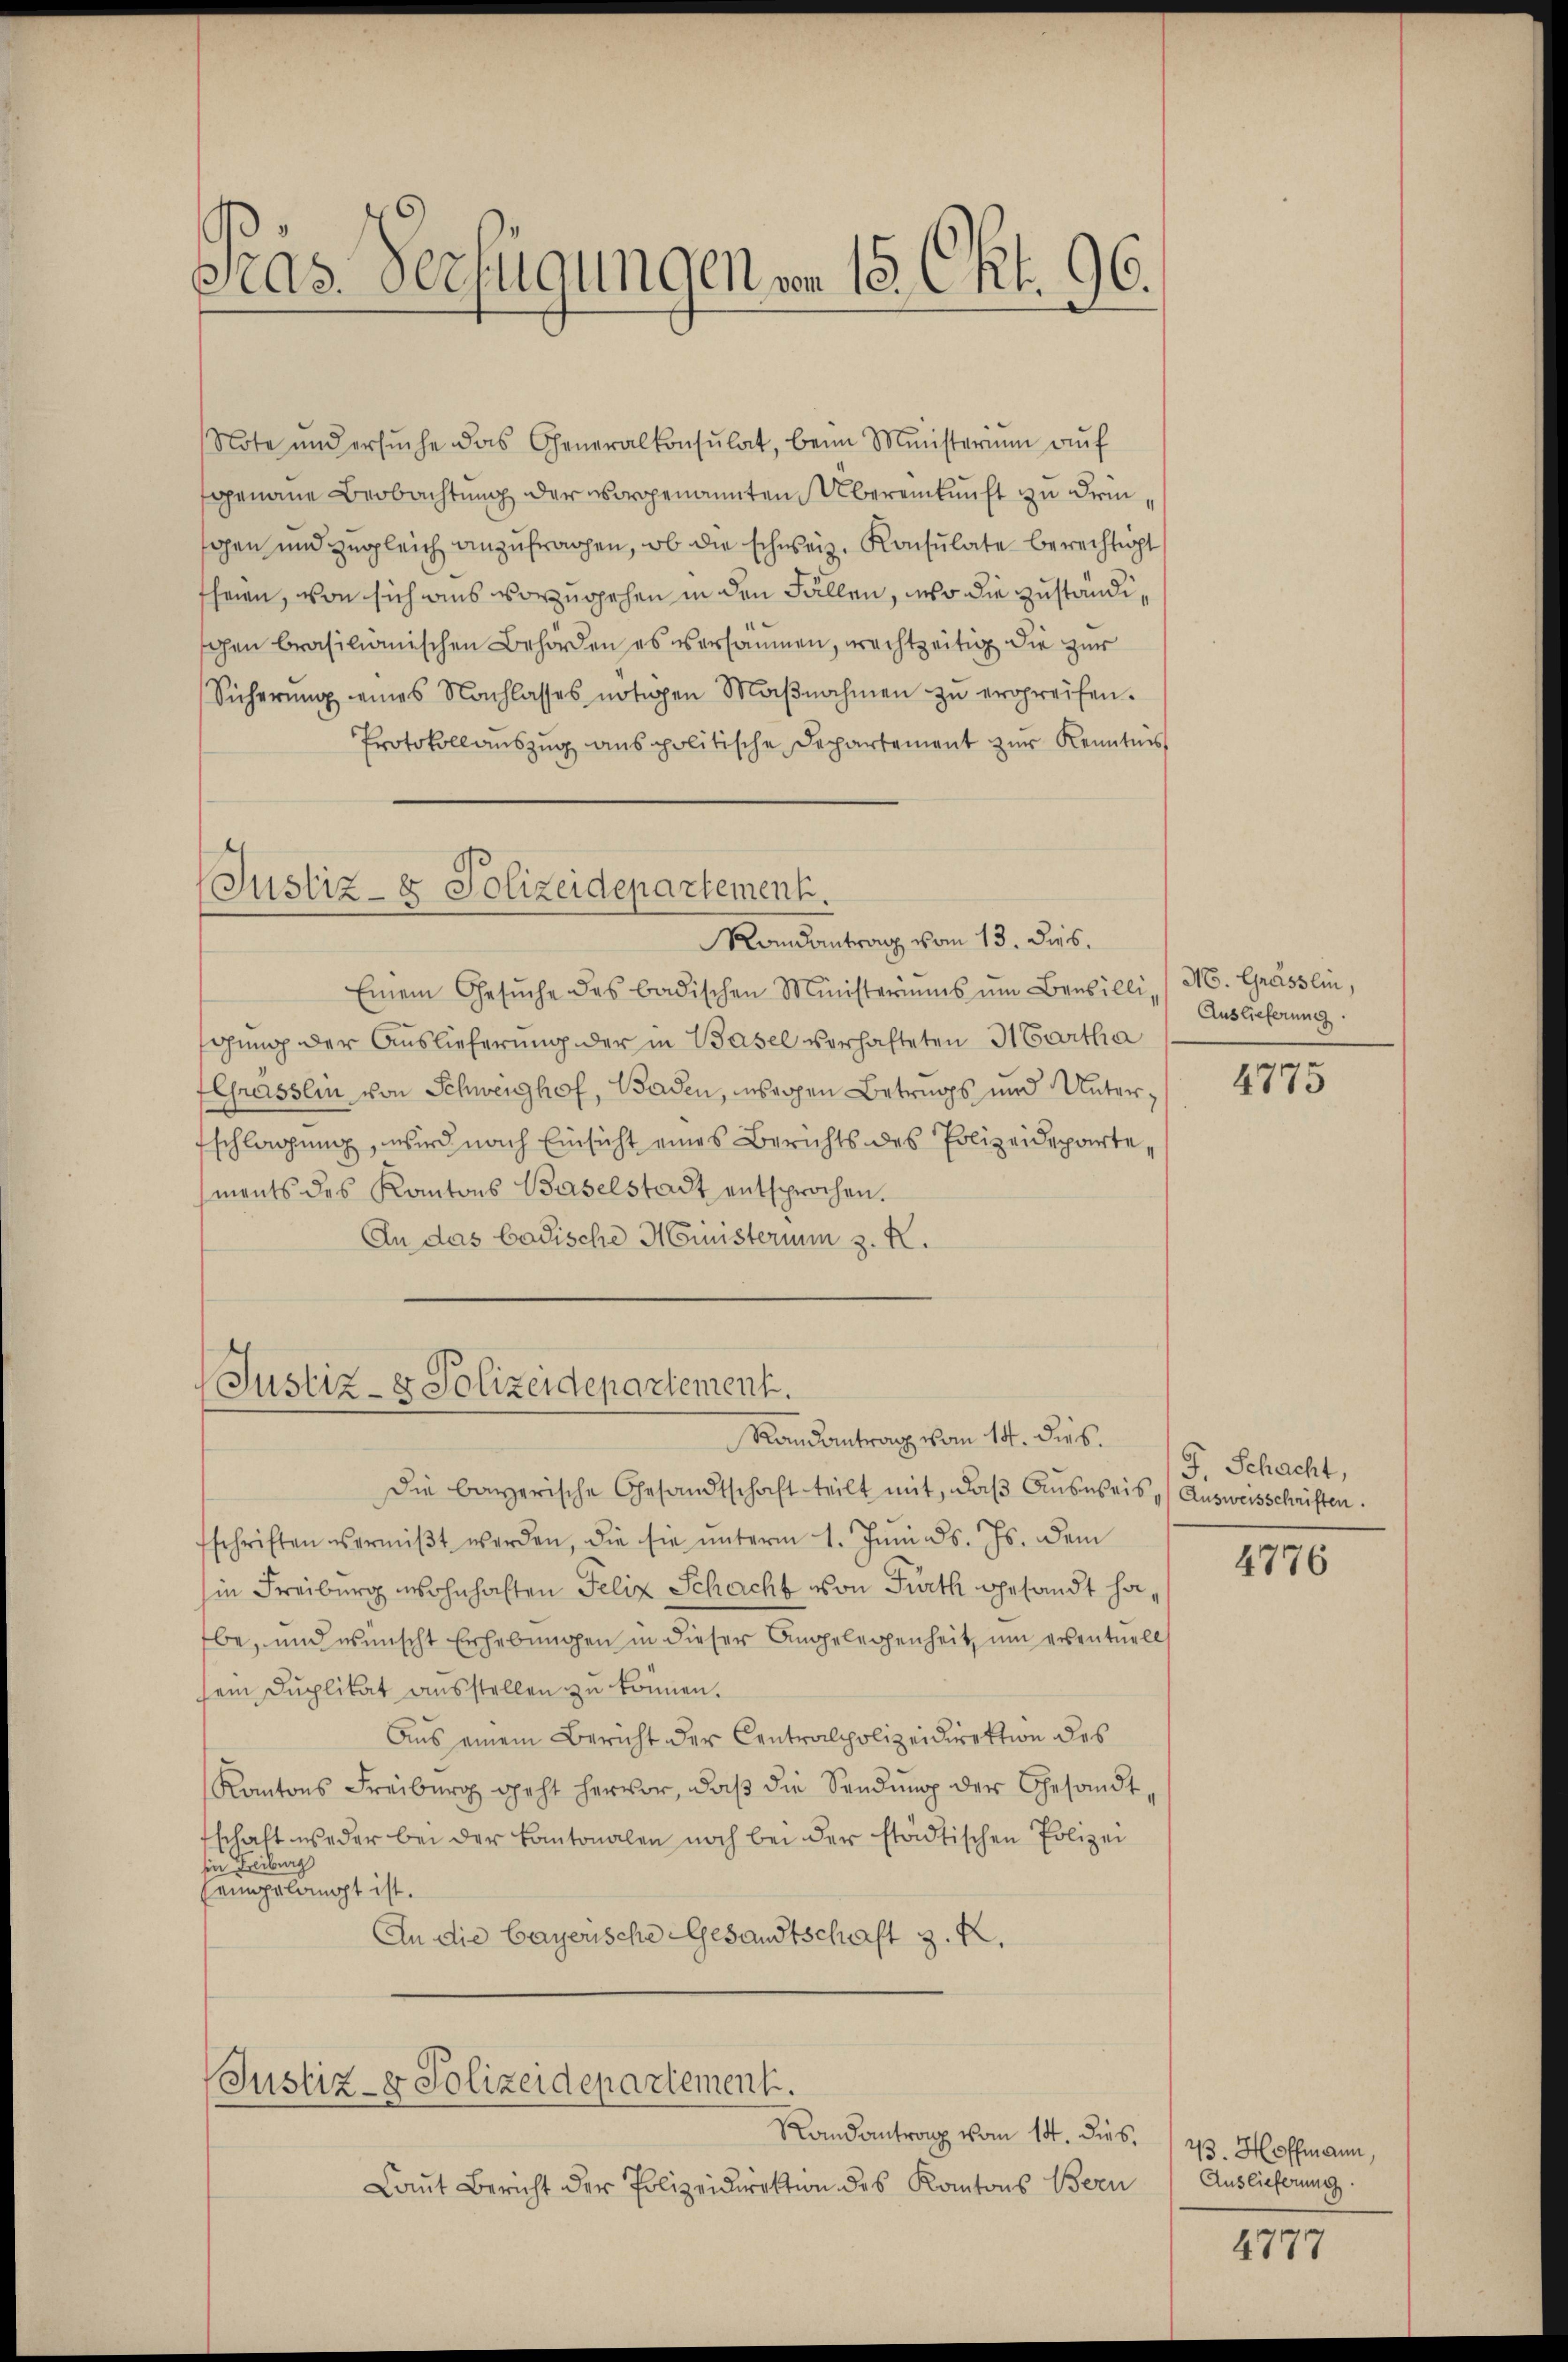
Stas. Verfügungen vom 15. Okt. 96.

Note und ersŭche das Generalkonsulat, beim Ministerium auf
genaue Beobachtung der vorgenannten Übereinkunft zu dringen und zugleich anzufragen, ob die schweiz. Konsulate berechtigt
fheien, von sich ains vorzugehen in den Fällen, wo die zuständigen brasilianischen Behörden es vorsammen, wachtzeitig die zur
Sicherŭng eines Nachlasses nötigen Maβnahmen zŭ ergreifen.
Protokollauszug aus politische Departement zur Kenntnis

Justiz- & Polizeidepartement.
Randantrag vom 13. Dies

Justiz- & Polizeidepartement.

Einem Gesŭche des badischen Ministeriums ŭm Benbilli (M. Grässlin,
Ghung der Auslieferung der in Basel vorhafteten Martha
EChasslin von Schweighof, Baden, wegen Betrugs und Unterfschlagung, wird nach Einsicht eines Berichts des Polizeidepartements des Kantons Baselstadt entsprochen.
An das badische Ministerium z. K.

Randantrag vom 14. dies.
Die bayerische Gesandtschaft teilt mit, daβ Aŭsweis (Ausweisschriften.
fschriften vermiβt werden, die sie ŭnterm 1. Juni d. Js. dem
in Freiburg wohnhaften Felix Schacht von Fürth gesandt ha,
be, und wünscht Erhebungen in dieser Angelegenheit, um ersentuell
sein Duplikat ausstellen zu können.
Aus einem Bericht der Centralpolizeidirektion des
Kantons Freiburg geht hervor, daβ die Sendung der Gesandtschaft weder bei der Kantonalen noch bei der städtischen Polizei
sin Freiburg
eingelangt ist.
An die bayerische Gesandtschaft z. B.
Justiz- & Polizeidepartement.
Randantrag vom 14. dies. 123. Hoffmann,

Laut Bericht der Polizeidirektion des Kantons Bern

Auslieferung

4775

F. Schacht,

4776

Auslieferung.

4777